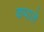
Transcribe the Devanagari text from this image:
कपाले